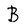
Character: B